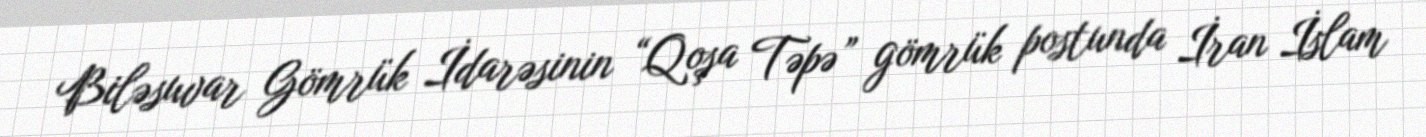
Biləsuvar Gömrük İdarəsinin “Qoşa Təpə” gömrük postunda İran İslam